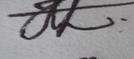
Signature authenticity: genuine